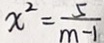
x ^ { 2 } = \frac { 5 } { m - 1 }